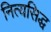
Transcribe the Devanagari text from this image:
नित्यसिद्ध